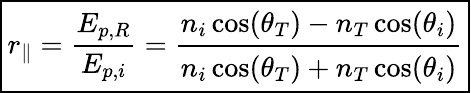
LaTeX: \boxed{r_{\parallel}=\frac{E_{p,R}}{E_{p,i}}=\cfrac{n_{i}\cos(\theta_{T})-n_{T}\cos(\theta_{i})}{n_{i}\cos(\theta_{T})+n_{T}\cos(\theta_{i})}}